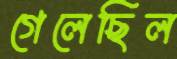
গেলেছিল